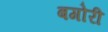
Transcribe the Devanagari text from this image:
बगोरी